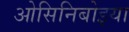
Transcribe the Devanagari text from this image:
ओसिनिबोइया